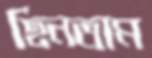
ছিনতাম